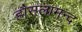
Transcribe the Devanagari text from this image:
हौसलामन्द